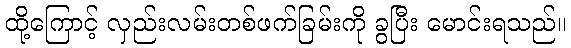
ထို့ကြောင့် လှည်းလမ်းတစ်ဖက်ခြမ်းကို ခွပြီး မောင်းရသည်။